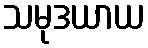
သမုဒယာယ